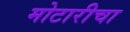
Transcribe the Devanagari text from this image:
मोटारीचा